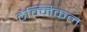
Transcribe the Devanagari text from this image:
टैक्निकल